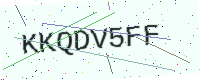
Text: KKQDV5FF